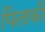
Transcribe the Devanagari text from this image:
पिताकी